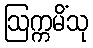
ဩက္ကမိံသု